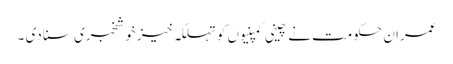
عمران حکومت نے چینی کمپنیوں کو تہلکہ خیز خوشخبری سنا دی ۔